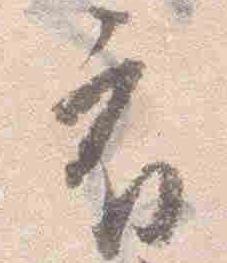
府